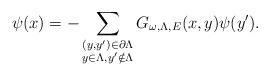
LaTeX: \begin{align*} \psi(x) = -\sum\limits_{\substack{(y,y')\in \partial \Lambda\\ y\in \Lambda, y'\notin \Lambda}}G_{\omega, \Lambda,E}(x,y) \psi(y').\end{align*}